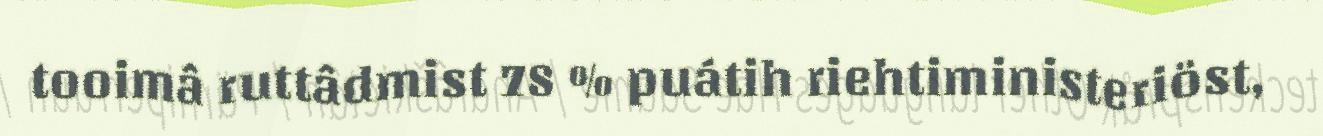
tooimâ ruttâdmist 78 % puátih riehtiministeriöst,